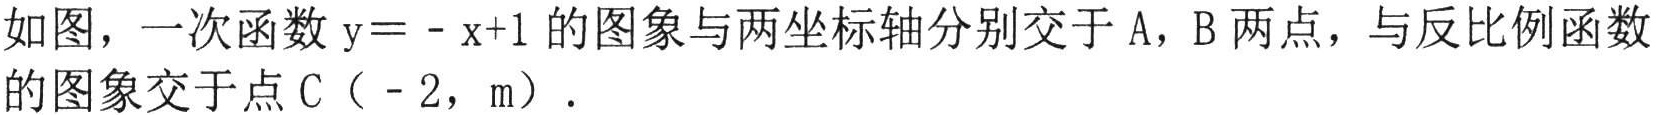
如图，一次函数\(y = - x + 1\)的图象与两坐标轴分别交于\(A\)，\(B\)两点，与反比例函数
的图象交于点\(C(-2,m)\)．